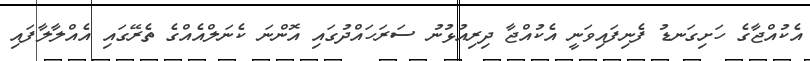
އެކުއްޖާގެ ހަށިގަނޑު ފެނިފައިވަނީ އެކުއްޖާ ދިރިއުޅުނު ސަރަހައްދުގައި އޮންނަ ކެނަލްއެއްގެ ތެރޭގައި އެއްލާލާފައި